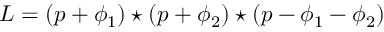
L = ( p + \phi _ { 1 } ) \star ( p + \phi _ { 2 } ) \star ( p - \phi _ { 1 } - \phi _ { 2 } )